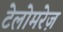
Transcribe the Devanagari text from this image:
टेलोमरेज़